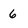
Character: 6